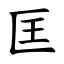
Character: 匡